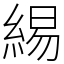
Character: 緆